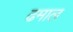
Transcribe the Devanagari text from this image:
ढमाल